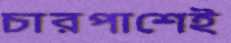
চারপাশেই